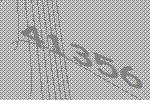
41356